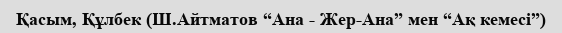
Қасым, Құлбек (Ш.Айтматов “Ана - Жер-Ана” мен “Ақ кемесі”)